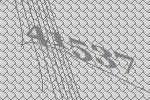
41537